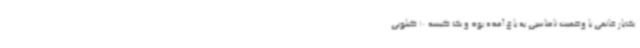
یک‌بار خانمی با وضعیت نامناسبی به باغ آمده بود و یک کیسه 10 کیلویی